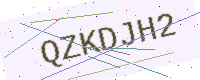
Text: QZKDJH2